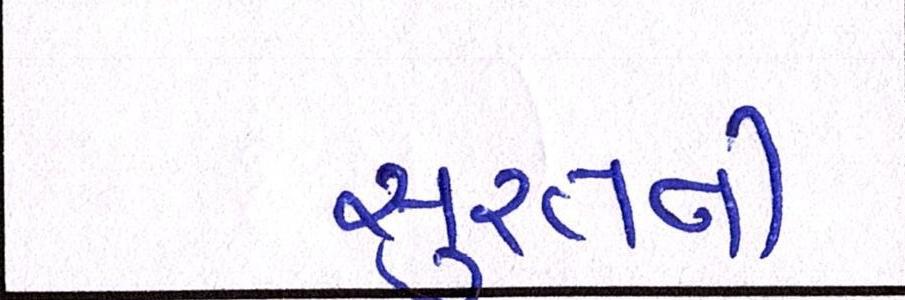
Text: સુરતની